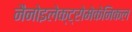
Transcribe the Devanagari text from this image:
नैनोइलेक्ट्रोमेकेनिकल